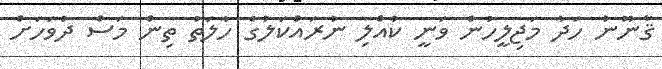
ޤާނޫނު ހަދާ މަޖިލީހުން ވަނީ ކުއްލި ނުރައްކަލުގެ ހާލަތު ތިން މަސް ދުވަހަށް